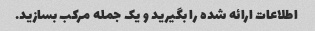
اطلاعات ارائه شده را بگیرید و یک جمله مرکب بسازید.